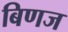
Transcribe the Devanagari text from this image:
बिणज